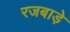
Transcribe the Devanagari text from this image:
रजबाड़े